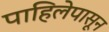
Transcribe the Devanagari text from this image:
पाहिलेपासून